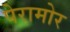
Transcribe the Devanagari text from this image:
पेरामोर